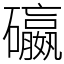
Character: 䃷